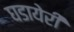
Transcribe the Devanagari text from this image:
घडायेरी